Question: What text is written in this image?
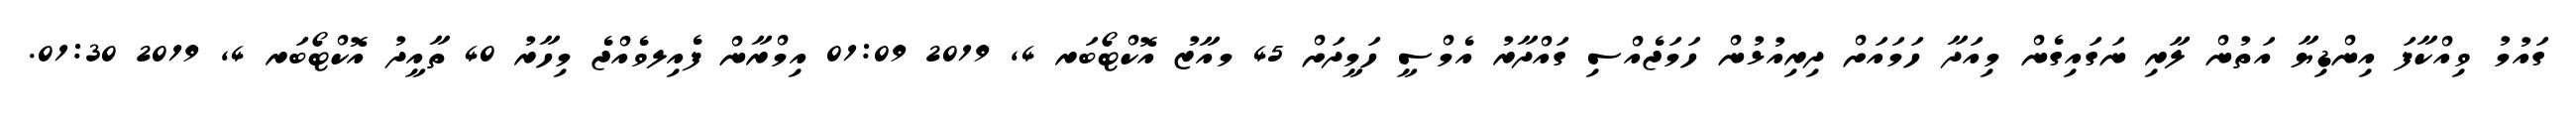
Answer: ގައުމު ވިއްކާފަ އިންޑިޔާ އަތުން ލާރި ނަގައިގެން މިއަދާ ހަމައަށް ދިރިއުޅުން ހަމަޖެއްސި ގައްދާރު އެމްސީ ހަމީދަށް 45 މއާޒު އޮކްޓޯބަރ 4, 2019 01:09 އިމްރާން ފެއިލވެއްޖެ މިހާރު 40 ތާއީދު އޮކްޓޯބަރ 4, 2019 01:30.